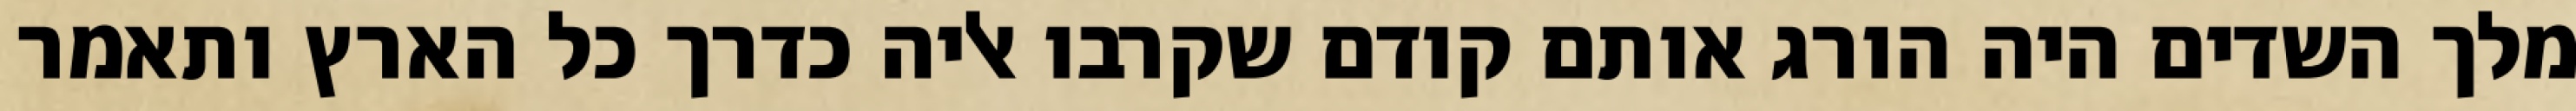
מלך השדים היה הורג אותם קודם שקרבו אליה כדרך כל הארץ ותאמר